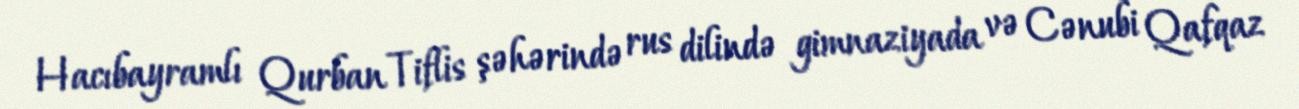
Hacıbayramlı Qurban Tiflis şəhərində rus dilində gimnaziyada və Cənubi Qafqaz